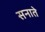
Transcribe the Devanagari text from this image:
सनाते